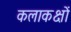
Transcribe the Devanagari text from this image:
कलाकक्षों